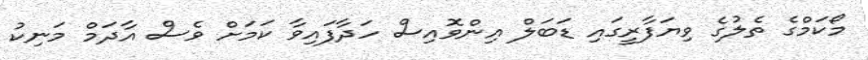
މޯކަމްގެ ތެލުގެ ވިޔަފާރީގައި ޑަބަލް އިންވޮއިސް ހަދާފައިވާ ކަމަށް ވެސް އާދަމް މަނިކު